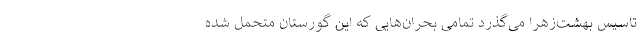
تاسیس بهشت‌زهرا می‌گذرد تمامی بحران‌هایی که این گورستان متحمل شده